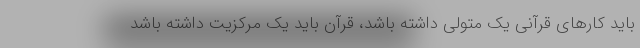
باید کارهای قرآنی یک متولی داشته باشد، قرآن باید یک مرکزیت داشته باشد